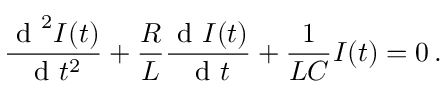
\frac { \textrm { d } ^ { 2 } I ( t ) } { \textrm { d } t ^ { 2 } } + \frac { R } { L } \frac { \textrm { d } I ( t ) } { \textrm { d } t } + \frac { 1 } { L C } I ( t ) = 0 \, .